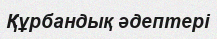
Құрбандық әдептері